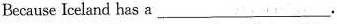
Because Iceland has a____.